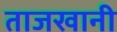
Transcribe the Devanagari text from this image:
ताजखानी